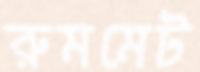
রুমমেট